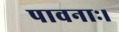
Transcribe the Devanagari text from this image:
पावनाः।